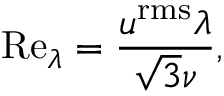
{ \mathrm { R e } _ { \lambda } } = \frac { { { u } ^ { \mathrm { { r m s } } } } \lambda } { \sqrt { 3 } \nu } ,